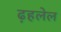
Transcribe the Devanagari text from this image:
ढ़हलेल